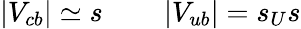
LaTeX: \left|V_{cb}\right|\simeq s\qquad\left|V_{ub}\right|=s_{U}s